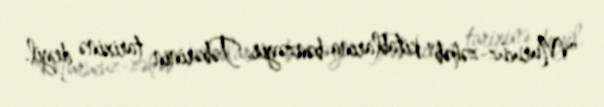
"Murucuz-zəhəb" kitablarına bənzəyir, Təbərinin tarixinə deyil.